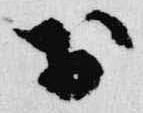
於